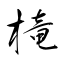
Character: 槞